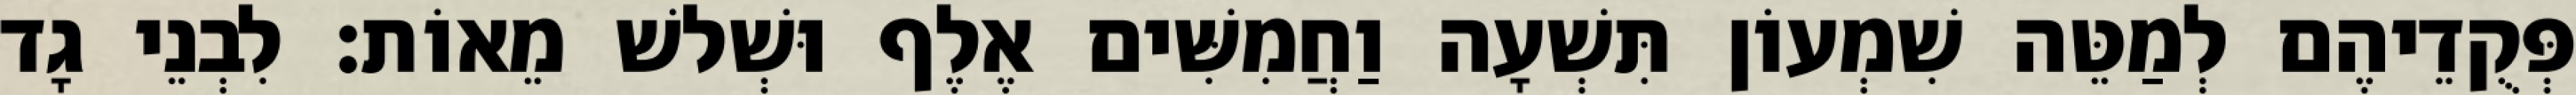
פְּקֻדֵיהֶם לְמַטֵּה שִׁמְעוֹן תִּשְׁעָה וַחֲמִשִּׁים אֶלֶף וּשְׁלשׁ מֵאוֹת׃ לִבְנֵי גָד